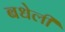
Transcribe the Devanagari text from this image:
बधेली